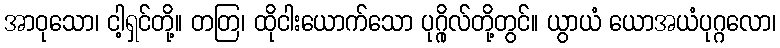
အာဝုသော၊ ငါ့ရှင်တို့။ တတြ၊ ထိုငါးယောက်သော ပုဂ္ဂိုလ်တို့တွင်။ ယွာယံ ယောအယံပုဂ္ဂလော၊